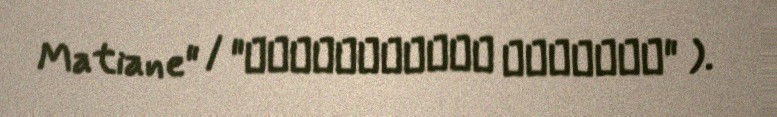
Matiane" / "ლიტერატურის მატიანე" ).